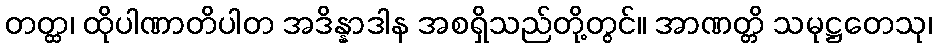
တတ္ထ၊ ထိုပါဏာတိပါတ အဒိန္နာဒါန အစရှိသည်တို့တွင်။ အာဏတ္တိ သမုဋ္ဌတေသု၊